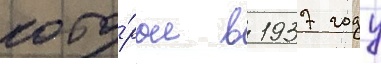
кото́рые в 1937 году